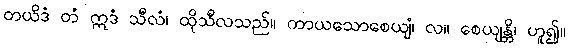
တယိဒံ တံ ဣဒံ သီလံ၊ ထိုသီလသည်။ ကာယသောစေယျံ၊ လ။ စေယျန္တိ၊ ဟူ၍။